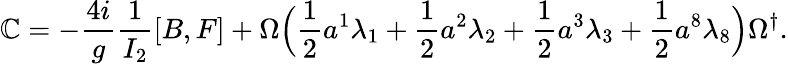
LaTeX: \mathbb{C}=-\frac{{4i}}{{g}}\frac{{1}}{{I_{2}}}[B,F]+\Omega\Bigl(\frac{{1}}{{2}}a^{1}\lambda_{1}+\frac{{1}}{{2}}a^{2}\lambda_{2}+\frac{{1}}{{2}}a^{3}\lambda_{3}+\frac{{1}}{{2}}a^{8}\lambda_{8}\Bigr)\Omega^{\dagger}.